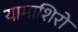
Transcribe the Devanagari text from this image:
यामाशिरो